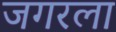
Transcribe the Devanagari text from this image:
जगरला